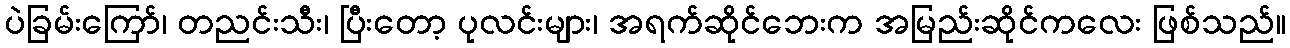
ပဲခြမ်းကြော်၊ တညင်းသီး၊ ပြီးတော့ ပုလင်းများ၊ အရက်ဆိုင်ဘေးက အမြည်းဆိုင်ကလေး ဖြစ်သည်။